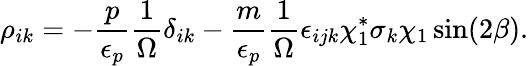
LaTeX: \rho_{ik}=-\frac{p}{\epsilon_{p}}\frac{1}{\Omega}\delta_{ik}-\frac{m}{\epsilon_{p}}\frac{1}{\Omega}\epsilon_{ijk}\chi_{1}^{*}\sigma_{k}\chi_{1}\sin(2\beta).